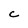
Character: C